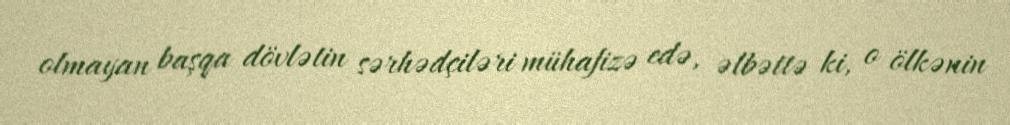
olmayan başqa dövlətin sərhədçiləri mühafizə edə, əlbəttə ki, o ölkənin